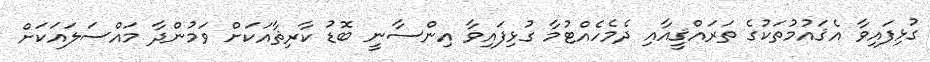
ގުޅިފައިވާ އެޤައުމުތަކުގެ ތަރައްޤީއާއި ދެމެހެއްޓުމާ ގުޅިފައިވާ އިންސާނީ ބޮޑު ކާރިޘާއަކަށް ވަމުންދާ މައްސަލައަކަށް